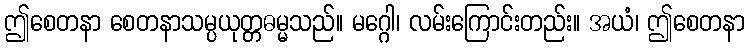
ဤစေတနာ စေတနာသမ္ပယုတ္တဓမ္မသည်။ မဂ္ဂေါ၊ လမ်းကြောင်းတည်း။ အယံ၊ ဤစေတနာ